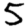
Digit: 5